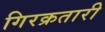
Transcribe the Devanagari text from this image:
गिरक्रतारी